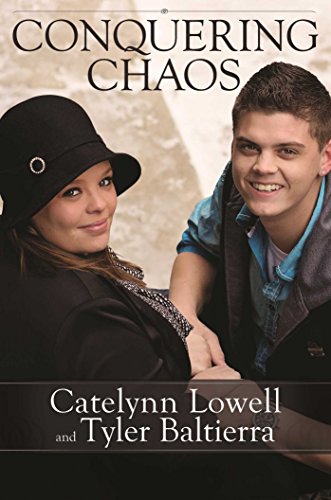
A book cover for Conquering Chaos; Catelynn Lowell; Humor & Entertainment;